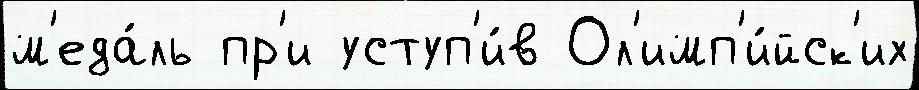
м'еда́ль пр'и уступ'и́в Ол'имп'и́йск'их